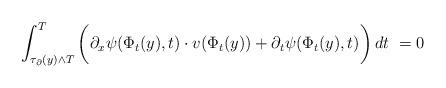
LaTeX: \begin{align*}\int_{\tau_\partial(y)\wedge T}^T \bigg(\partial_x\psi(\Phi_t(y),t)\cdot v(\Phi_t(y)) + \partial_t\psi(\Phi_t(y),t)\bigg)\,dt\ = 0\end{align*}